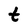
Character: t